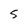
Character: S